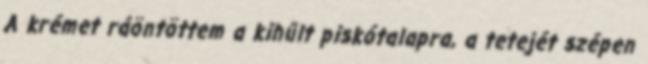
A krémet ráöntöttem a kihűlt piskótalapra, a tetejét szépen